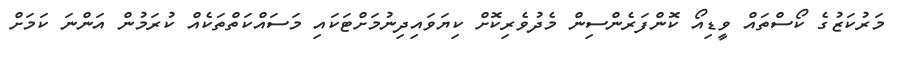
މަރުކަޒުގެ ކޯސްތައް ވީޑިއޯ ކޮންފަރެންސިން މެދުވެރިކޮށް ކިޔަވައިދިނުމަށްޓަކައި މަސައްކަތްތަކެއް ކުރަމުން އަންނަ ކަމަށް